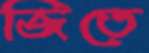
জিতে